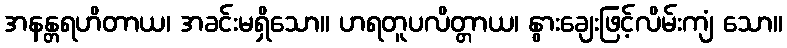
အနန္တရဟိတာယ၊ အခင်းမရှိသော။ ဟရတူပလိတ္တာယ၊ နွားချေးဖြင့်လိမ်းကျံ သော။